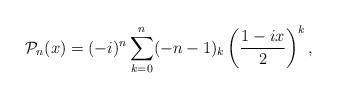
\begin{align*}\mathcal{P}_n(x)= (-i)^n \sum_{k=0}^{n}(-n-1)_k \left(\dfrac{1-ix}{2}\right)^{k},\end{align*}